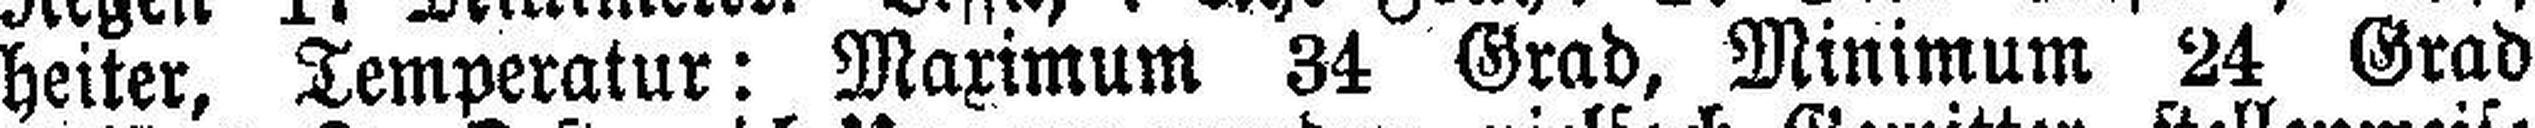
heiter, Temperatur: Maximum 34 Grad, Minimum 24 Grad